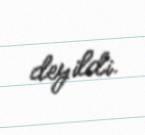
deyildi.